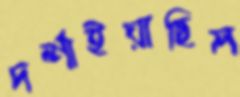
দর্শাইয়াছিল